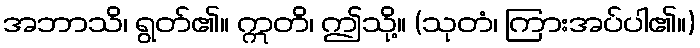
အဘာသိ၊ ရွတ်၏။ ဣတိ၊ ဤသို့။ (သုတံ၊ ကြားအပ်ပါ၏။)